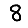
Digit: 8